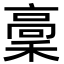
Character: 稾